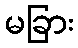
မခြား